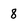
Character: 8